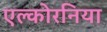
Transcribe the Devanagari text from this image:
एल्कोरनिया